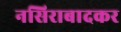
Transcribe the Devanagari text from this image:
नसिराबादकर